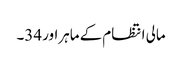
مالی انتظام کے ماہراور 34۔